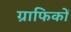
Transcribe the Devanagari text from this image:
ग्राफिकों